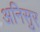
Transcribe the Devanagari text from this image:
अनिसुर